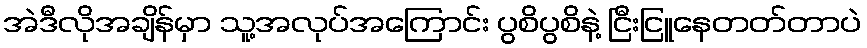
အဲဒီလိုအချိန်မှာ သူ့အလုပ်အကြောင်း ပွစိပွစိနဲ့ ငြီးငြူနေတတ်တာပဲ